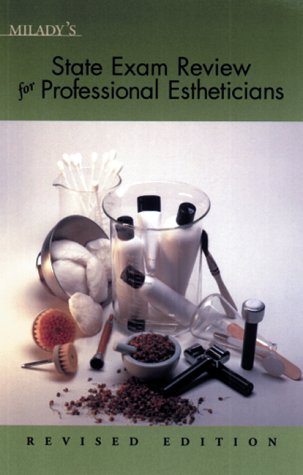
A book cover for Milady's State Exam Review for Professional Estheticians; Joel Gerson; Health, Fitness & Dieting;